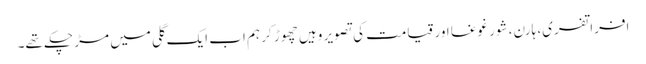
افراتفری، ہارن، شور غوغا اور قیامت کی تصویر وہیں چھوڑ کر ہم اب ایک گلی میں مڑ چکے تھے۔